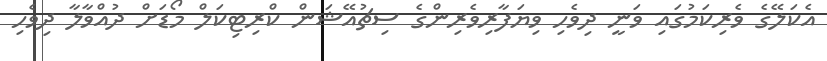
އެކަލޭގެ ވެރިކަމުގައި ވަނީ ދިވެހި ވިޔަފާރިވެރިންގެ ސިޗުއޭޝަން ކްރިޓިކަލް މޯޑަށް ދުއްވާލާ ދިވެހި